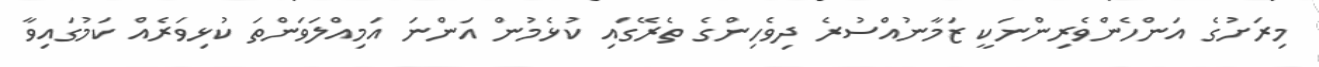
މިރަށުގެ އަންހެންވެރިންނަކީ ޒަމާނުއްސުރެ ދިވެހިންގެ ތެރޭގައި ކުޅެމުން އަންނަ އަމިއްލަވަންތަ ކުޅިވަރެއް ކަމުގައިވާ